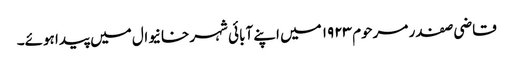
قاضی صفدر مرحوم ۱۹۲۳ میں اپنے آبائی شہر خانیوال میں پیدا ہوئے۔